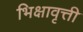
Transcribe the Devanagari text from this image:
भिक्षावृत्ती